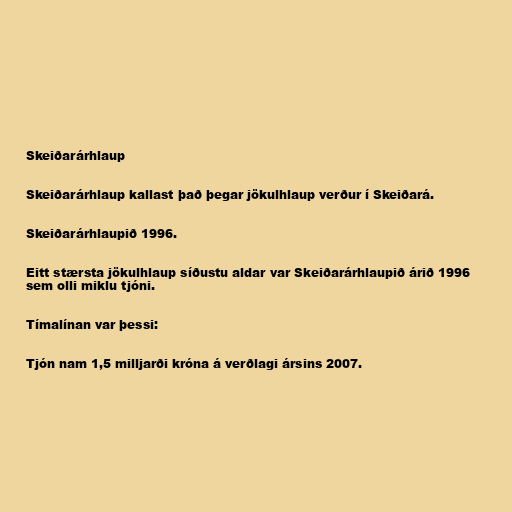
Skeiðarárhlaup

Skeiðarárhlaup kallast það þegar jökulhlaup verður í Skeiðará.

Skeiðarárhlaupið 1996.

Eitt stærsta jökulhlaup síðustu aldar var Skeiðarárhlaupið árið 1996
sem olli miklu tjóni.

Tímalínan var þessi:

Tjón nam 1,5 milljarði króna á verðlagi ársins 2007.